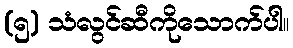
(၅) သံလွင်ဆီကိုသောက်ပါ။